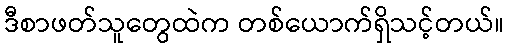
ဒီစာဖတ်သူတွေထဲက တစ်ယောက်ရှိသင့်တယ်။